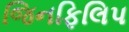
જિનફિલિપ